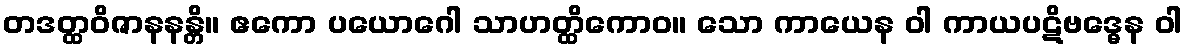
တဒတ္ထဝိဇာနနန္တိ။ ဧကော ပယောဂေါ သာဟတ္ထိကောဝ။ သော ကာယေန ဝါ ကာယပဋိဗဒ္ဓေန ဝါ